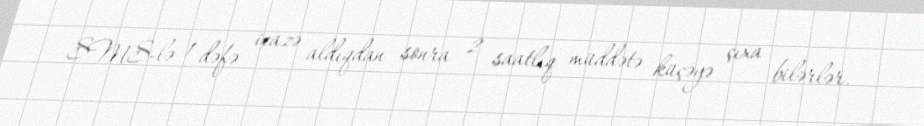
SMS-lə 1 dəfə icazə aldıqdan sonra 2 saatlıq müddətə küçəyə çıxa bilərlər.